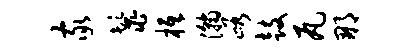
家鬣柢瀚峪鼓瓦那